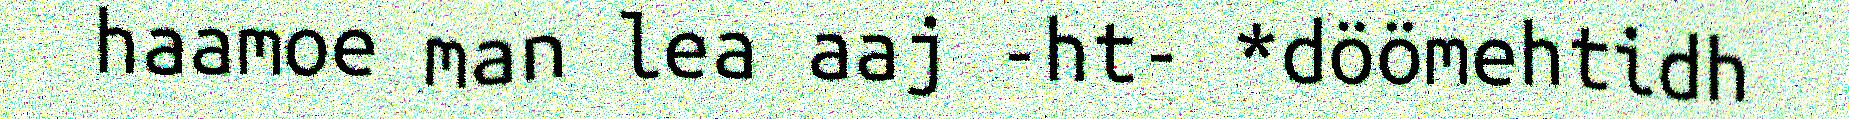
haamoe man lea aaj -ht- *döömehtidh